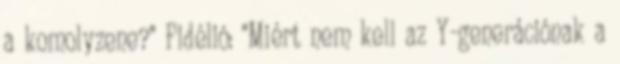
a komolyzene?" Fidélió: "Miért nem kell az Y-generációnak a